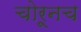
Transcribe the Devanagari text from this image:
चोरूनच